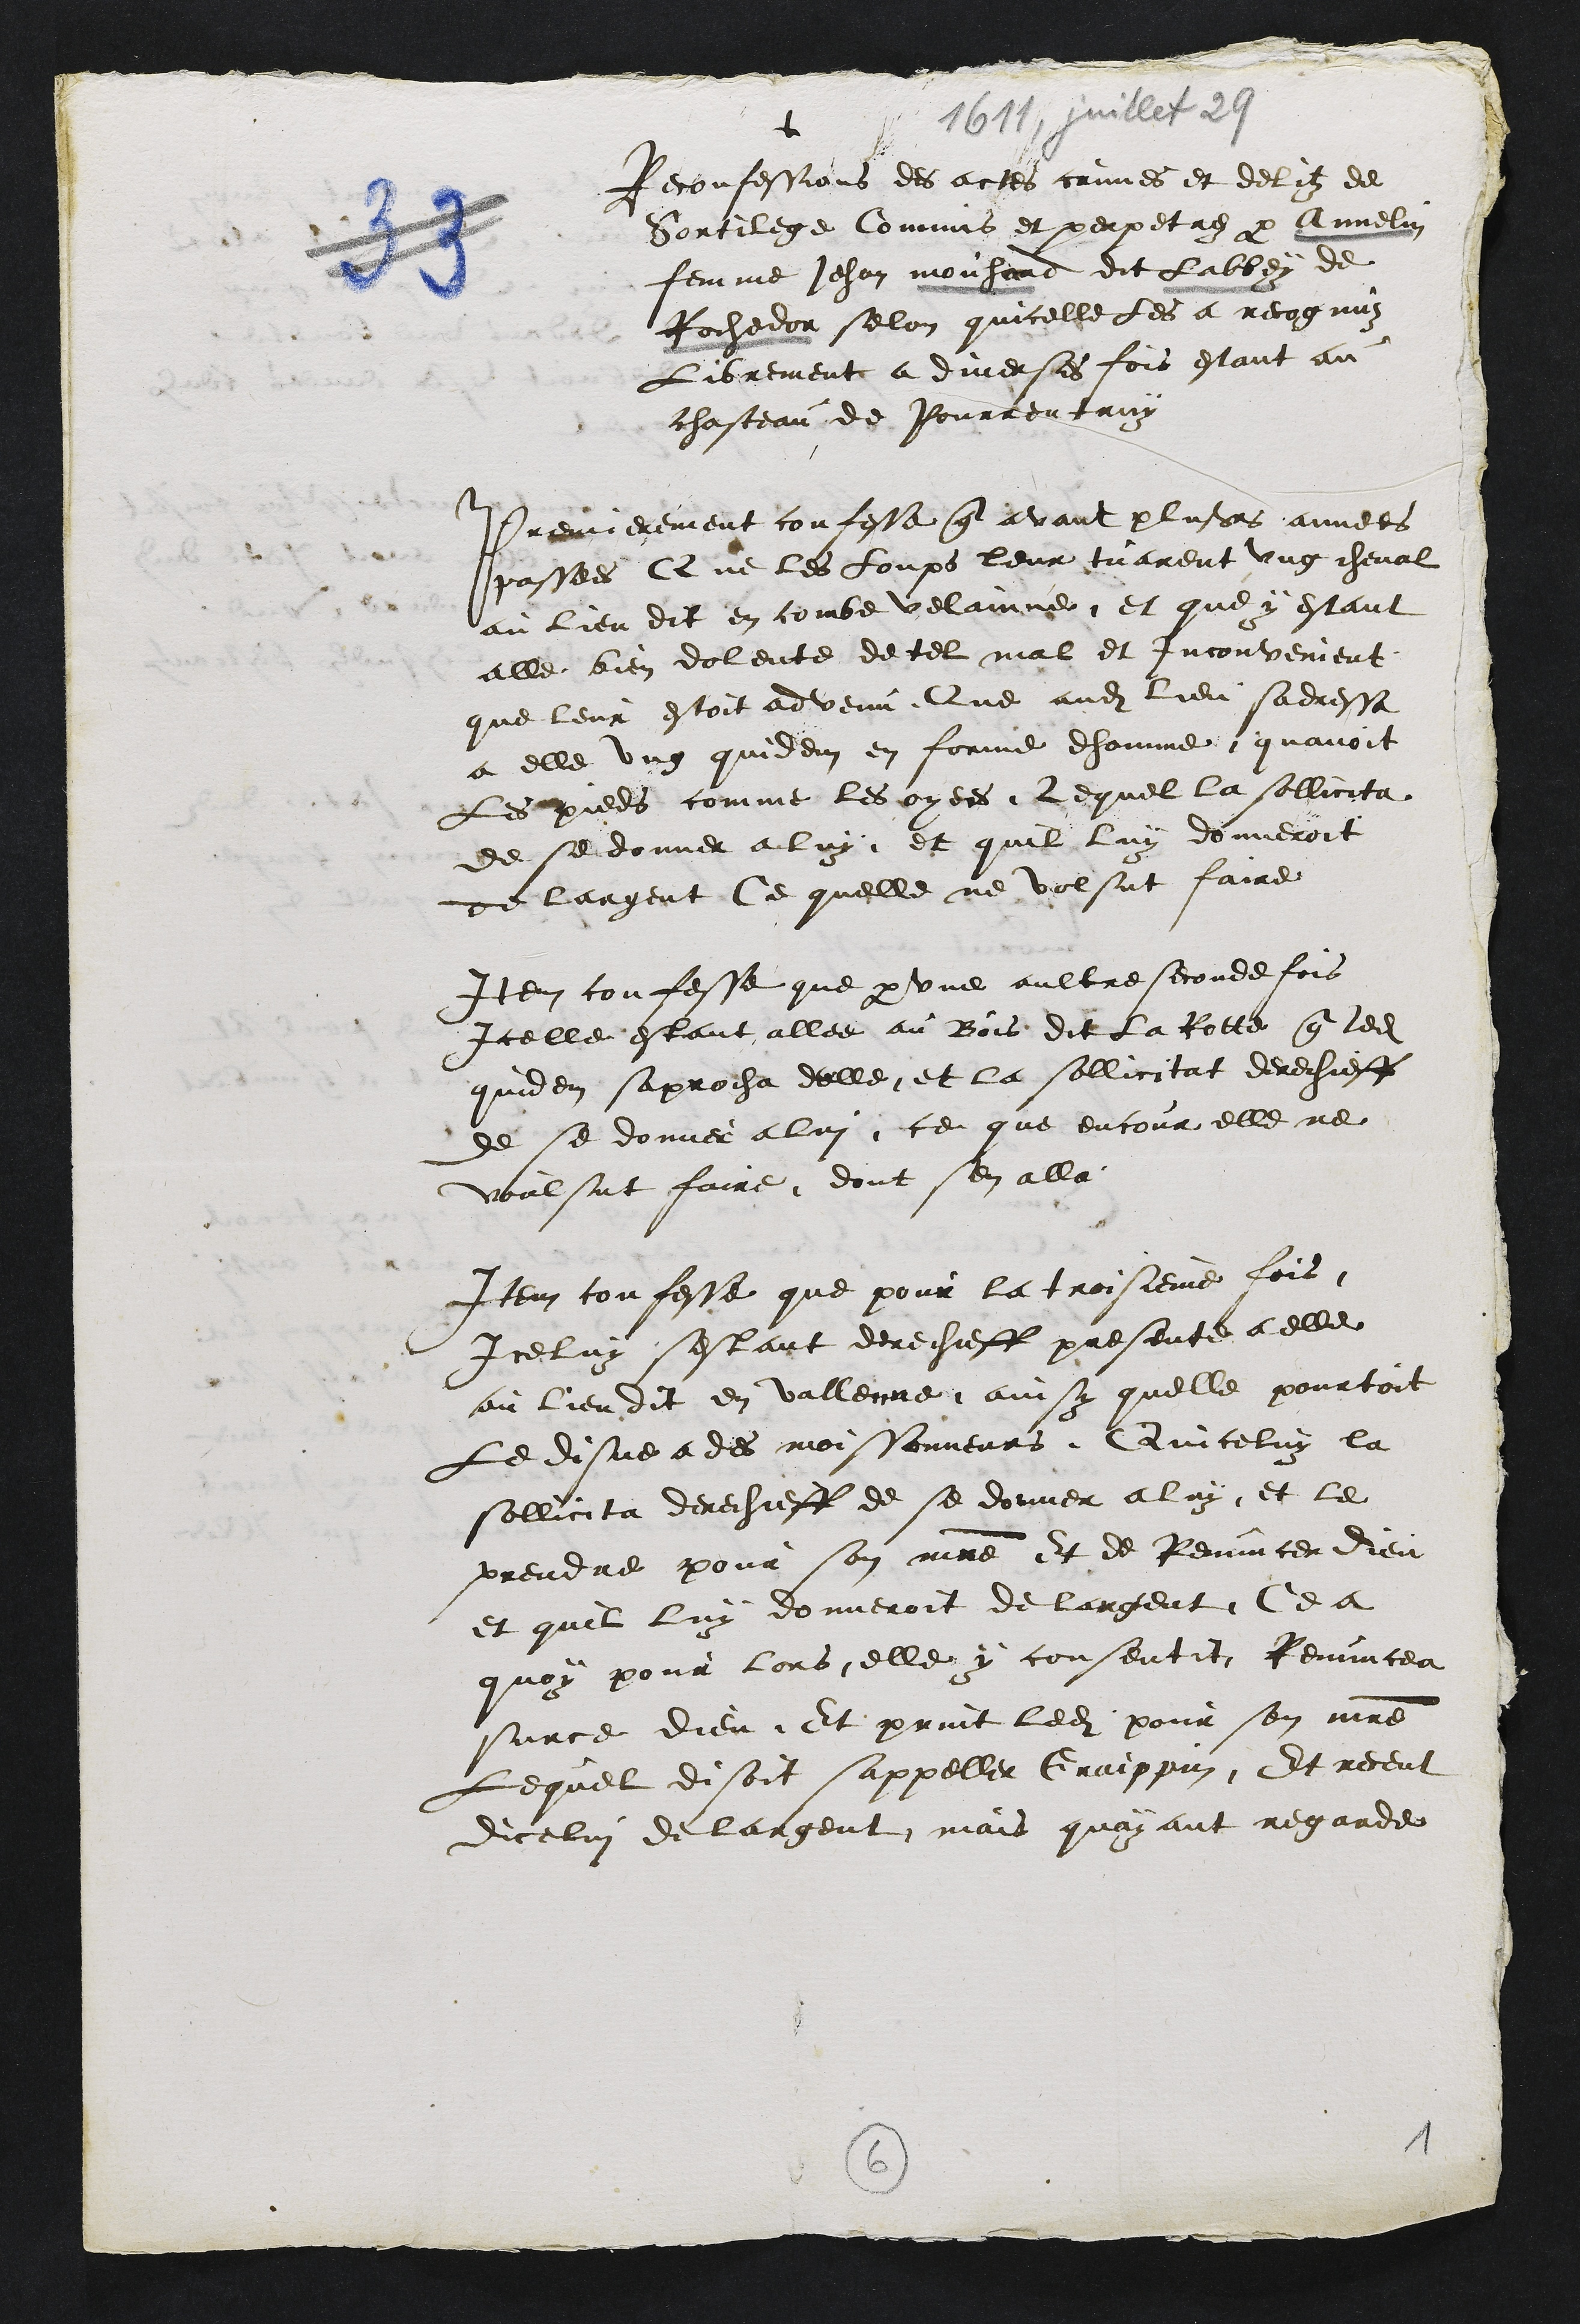
+
Reconfessions des actes crimes et delitz de
Sortilege Commis et perpetrez par Annelin
femme Jehan mouhard dit Labbey de
Rochedor selon quicelle les a recognuz
Librement a diverses fois estant au
chasteau de Pourrentruy
Premierement confesse que avant plusieurs annees
passees Que les Loups leur tuarent ung cheval
au lieu dit en combe velainne, et que y estant
elle bien dolente de tel mal et inconvenient
que leur estoit advenu Que audit lieu sadressa
a elle ung quidem en forme dhomme quavoit
Les pieds comme les oyees. Lequel la sollicita
de se donner a luy et quil luy donneroit
de largent Ce quelle ne volsut faire
Item confesse que par une aultre seconde fois
Icelle estant allee au Bois dit la Rotte que ledit
quidem saprocha delle et la sollicitat derechieff
de se donner a lui ce que encour elle ne
voulsut faire, dont sen alla
Item confesse que pour la troisieme fois.
Iceluy sestant derechieff presente a elle
au lieu dit en vallenne aussy quelle pourtoit
le disne a des moissonneurs Quiceluy la
sollicita derechieff de se donner a luy, et le
prendre pour son maitre et de Renuncer Dieu
et quil luy donneroit de largent, Ce a
quoy pour lors elle y consentit Renuncea
surce dieu Et print ledit pour son maitre
Lequel disoit sappeller Graippin, Et receut
dicelui de largent mais quayant regarde